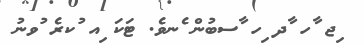
ިޖ ާހ ާދ ިހ ާސބުން ެނވެ. ޓަކަ ިއ ުކރެ ުވނު